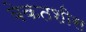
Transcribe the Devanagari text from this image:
बेकतशीस